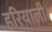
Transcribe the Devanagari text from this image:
हरियाली।